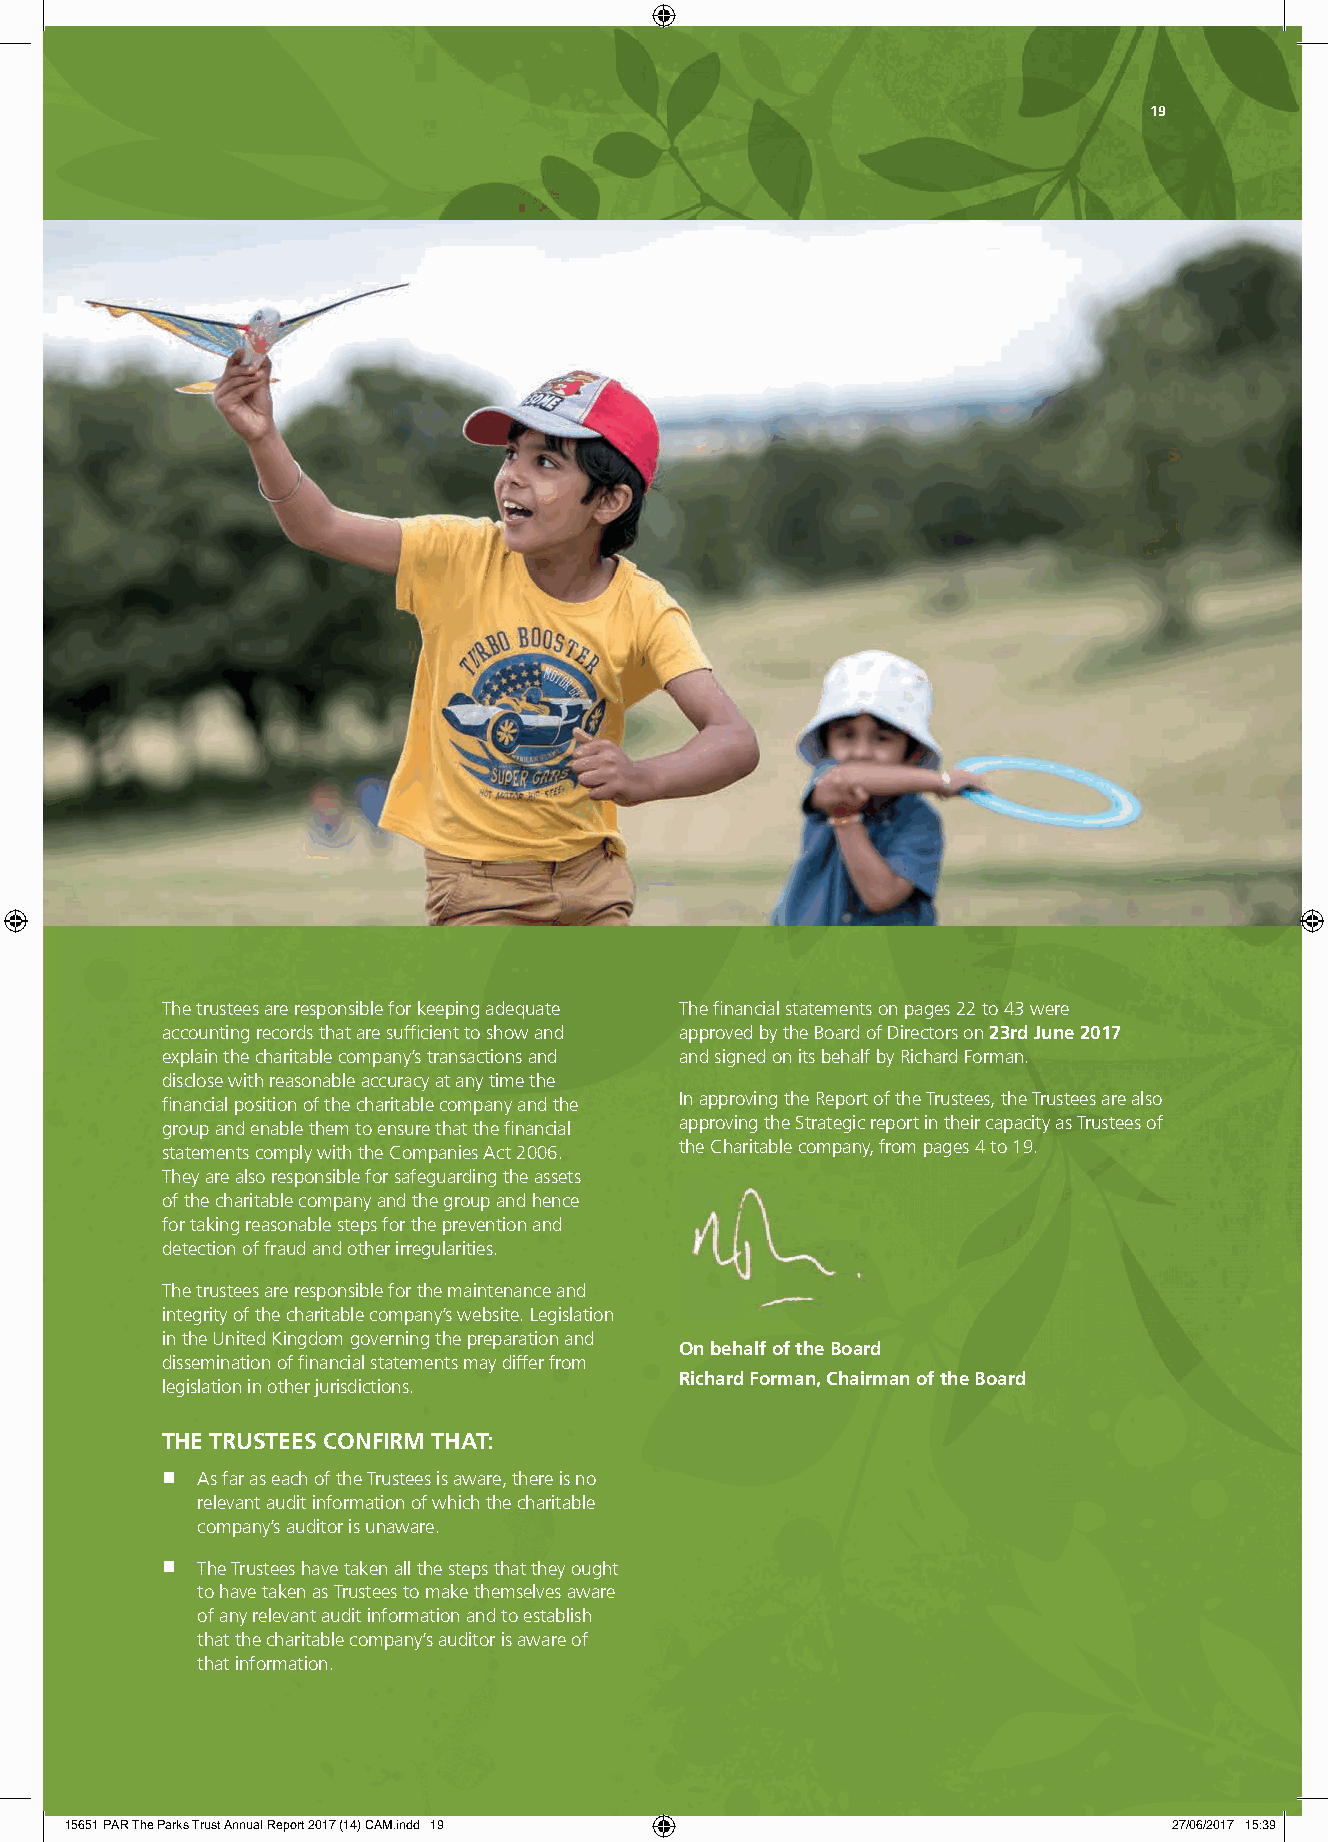
19
 The trustees are responsible for keeping adequate The fi nancial statements on pages 22 to 43 were
 accounting records that are suffi cient to show and approved by the Board of Directors on 23rd June 2017
 explain the charitable company’s transactions and and signed on its behalf by Richard Forman.
 disclose with reasonable accuracy at any time the
 fi nancial position of the charitable company and the In approving the Report of the Trustees, the Trustees are also
 group and enable them to ensure that the fi nancial approving the Strategic report in their capacity as Trustees of
 statements comply with the Companies Act 2006. the Charitable company, from pages 4 to 19.
 They are also responsible for safeguarding the assets
 of the charitable company and the group and hence
 for taking reasonable steps for the prevention and
 detection of fraud and other irregularities.
 The trustees are responsible for the maintenance and
 integrity of the charitable company’s website. Legislation
 in the United Kingdom governing the preparation and
 On behalf of the Board
 dissemination of fi nancial statements may differ from
 Richard Forman, Chairman of the Board
 legislation in other jurisdictions.
 THE TRUSTEES CONFIRM THAT:
 n As far as each of the Trustees is aware, there is no
 relevant audit information of which the charitable
 company’s auditor is unaware.
 n The Trustees have taken all the steps that they ought
 to have taken as Trustees to make themselves aware
 of any relevant audit information and to establish
 that the charitable company’s auditor is aware of
 that information.
 15651 PAR The Parks Trust Annual Report 2017 (14) CAM.indd 19             27/06/2017 15:39